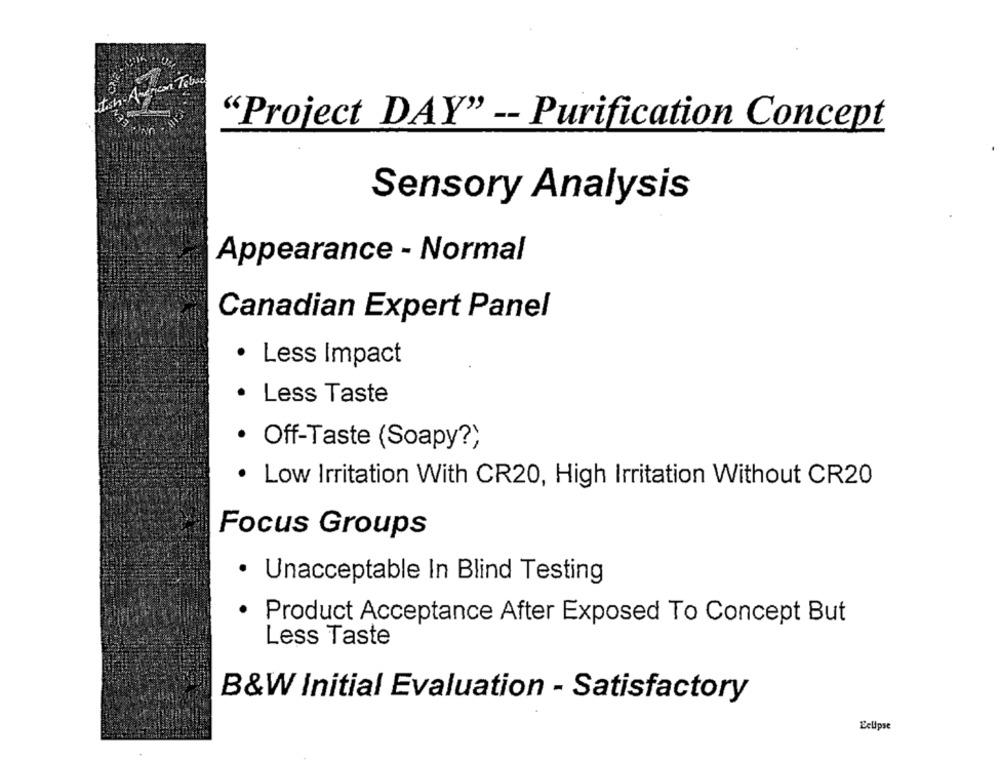
"Project DAY" -- Purification Concept
Sensory Analysis
Appearance - Normal
Canadian Expert Panel
· Less Impact
· Less Taste
· Off-Taste (Soapy?)
· Low Irritation With CR20, High Irritation Without CR20
Focus Groups
.
Unacceptable In Blind Testing
· Product Acceptance After Exposed To Concept But
Less Taste
B&W Initial Evaluation - Satisfactory
Eclipse